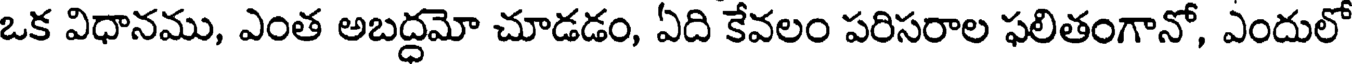
ఒక విధానము, ఎంత అబద్ధమో చూడడం, ఏది కేవలం పరిసరాల ఫలితంగానో, ఎందులో